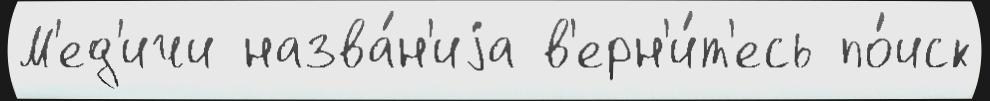
М'ед'ичи назва́н'иjа в'ерн'и́т'есь по́иск